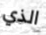
الذي